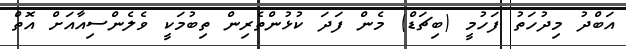
އަބްދު މިދުހަތު ފަހުމީ (ބިޗަޑް) މެން ފަދަ ކުޅުންތެރިން ތިބުމަކީ ވެލެންސިއާއަށް އޮތް